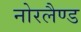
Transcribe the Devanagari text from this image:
नोरलैण्ड